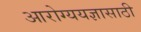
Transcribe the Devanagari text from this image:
आरोग्ययज्ञासाठी